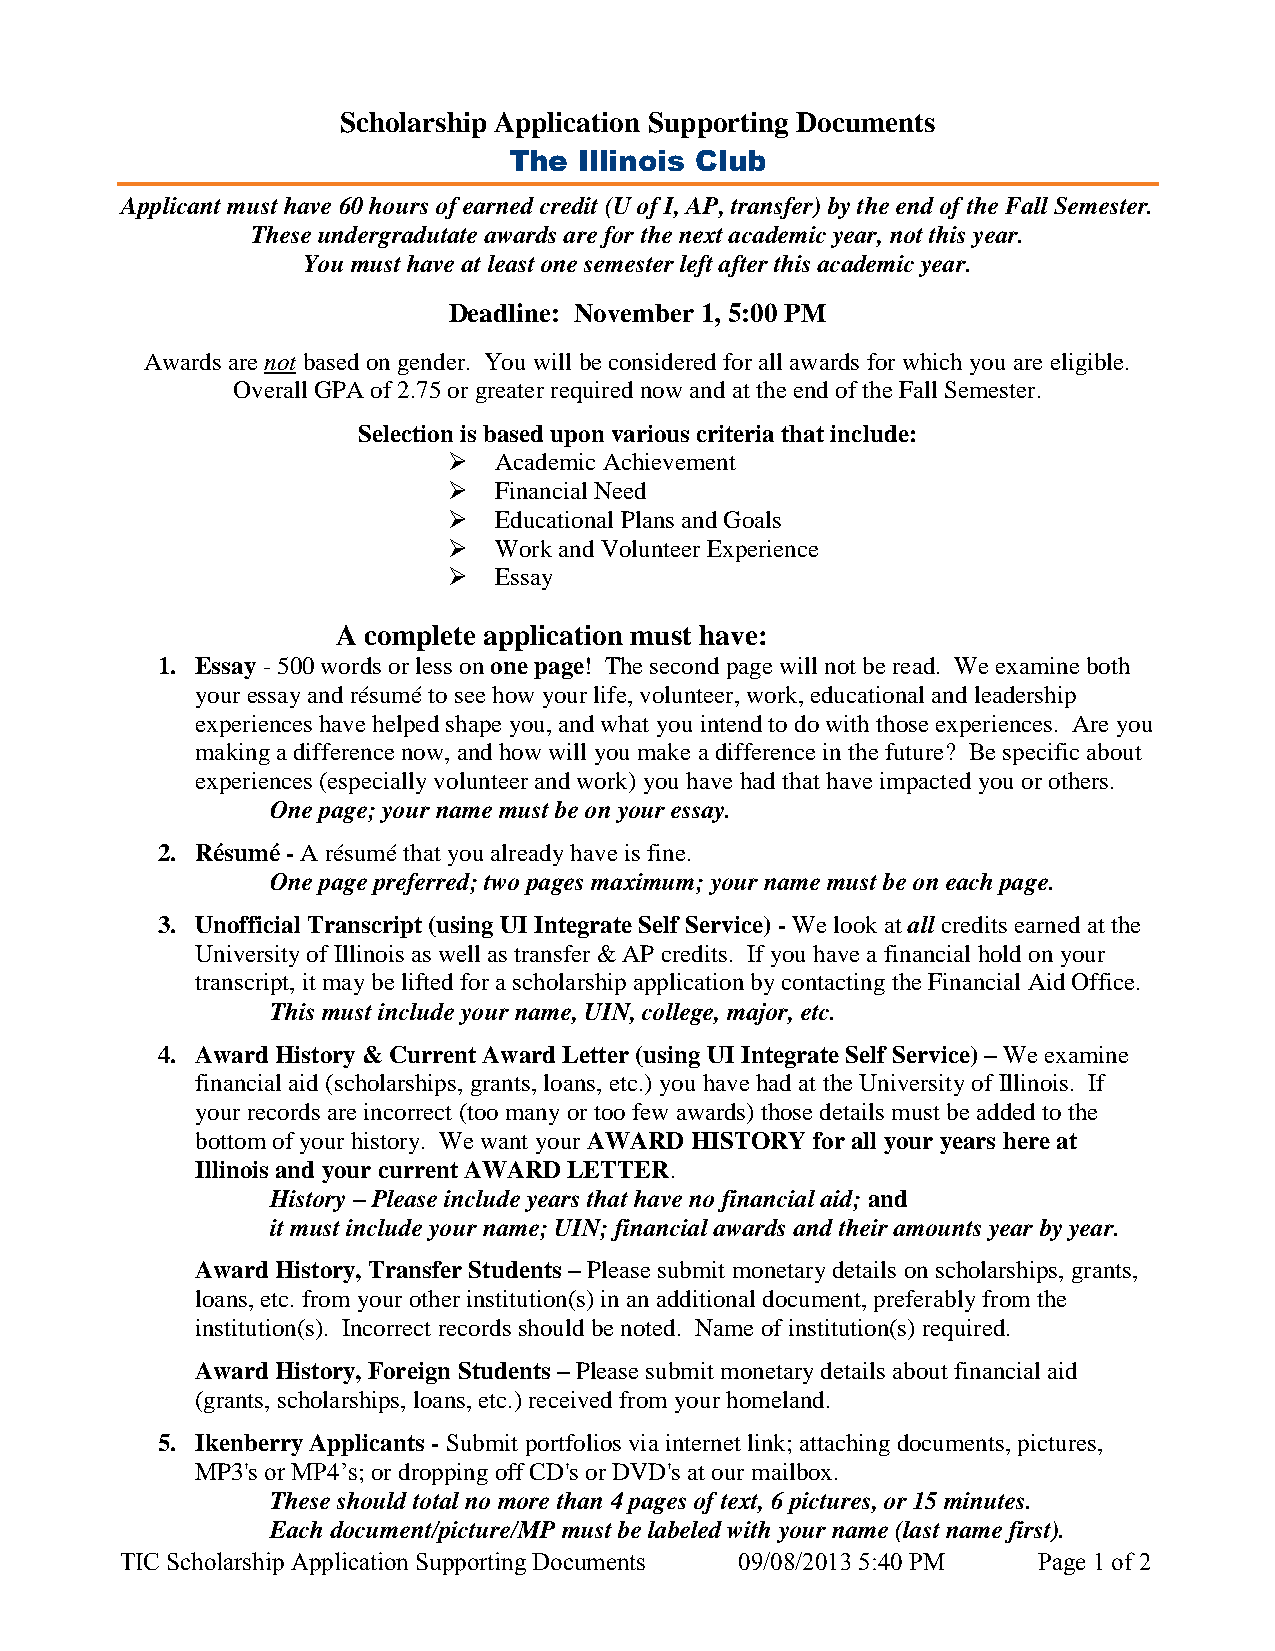
Scholarship Application Supporting Documents
 The Illinois Club
 Applicant must have 60 hours of earned credit (U of I, AP, transfer) by the end of the Fall Semester.
 These undergradutate awards are for the next academic year, not this year.
 You must have at least one semester left after this academic year.
 Deadline: November 1, 5:00 PM
 Awards are not based on gender. You will be considered for all awards for which you are eligible.
 Overall GPA of 2.75 or greater required now and at the end of the Fall Semester.
 Selection is based upon various criteria that include:
   Academic Achievement
   Financial Need
   Educational Plans and Goals
   Work and Volunteer Experience
   Essay
 A complete application must have:
 1. Essay - 500 words or less on one page! The second page will not be read. We examine both
 your essay and résumé to see how your life, volunteer, work, educational and leadership
 experiences have helped shape you, and what you intend to do with those experiences. Are you
 making a difference now, and how will you make a difference in the future? Be specific about
 experiences (especially volunteer and work) you have had that have impacted you or others.
 One page; your name must be on your essay.
 2. Résumé - A résumé that you already have is fine.
 One page preferred; two pages maximum; your name must be on each page.
 3. Unofficial Transcript (using UI Integrate Self Service) - We look at all credits earned at the
 University of Illinois as well as transfer & AP credits. If you have a financial hold on your
 transcript, it may be lifted for a scholarship application by contacting the Financial Aid Office.
 This must include your name, UIN, college, major, etc.
 4. Award History & Current Award Letter (using UI Integrate Self Service) – We examine
 financial aid (scholarships, grants, loans, etc.) you have had at the University of Illinois. If
 your records are incorrect (too many or too few awards) those details must be added to the
 bottom of your history. We want your AWARD HISTORY for all your years here at
 Illinois and your current AWARD LETTER.
 History – Please include years that have no financial aid; and
 it must include your name; UIN; financial awards and their amounts year by year.
 Award History, Transfer Students – Please submit monetary details on scholarships, grants,
 loans, etc. from your other institution(s) in an additional document, preferably from the
 institution(s). Incorrect records should be noted. Name of institution(s) required.
 Award History, Foreign Students – Please submit monetary details about financial aid
 (grants, scholarships, loans, etc.) received from your homeland.
 5. Ikenberry Applicants - Submit portfolios via internet link; attaching documents, pictures,
 MP3's or MP4’s; or dropping off CD's or DVD's at our mailbox.
 These should total no more than 4 pages of text, 6 pictures, or 15 minutes.
 Each document/picture/MP must be labeled with your name (last name first).
 TIC Scholarship Application Supporting Documents 09/08/2013 5:40 PM Page 1 of 2